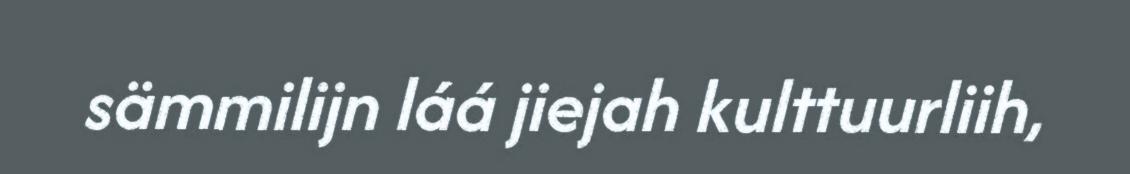
sämmilijn láá jiejah kulttuurliih,